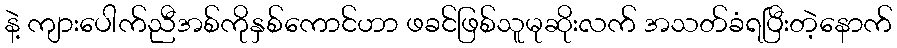
နဲ့ ကျားပေါက်ညီအစ်ကိုနှစ်ကောင်ဟာ ဖခင်ဖြစ်သူမုဆိုးလက် အသတ်ခံရပြီးတဲ့နောက်